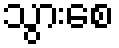
သွားစေ